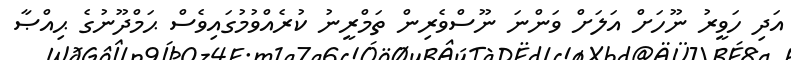
އަދި ހަވީރު ނޫހަށް އަލަށް ވަންނަ ނޫސްވެރިން ތަމްރީނު ކުރެއްވުމުގައިވެސް ޙަމްދޫނުގެ ޙިއްޞާ